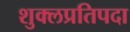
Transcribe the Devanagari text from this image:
शुक्लप्रतिपदा